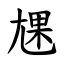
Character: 㞅